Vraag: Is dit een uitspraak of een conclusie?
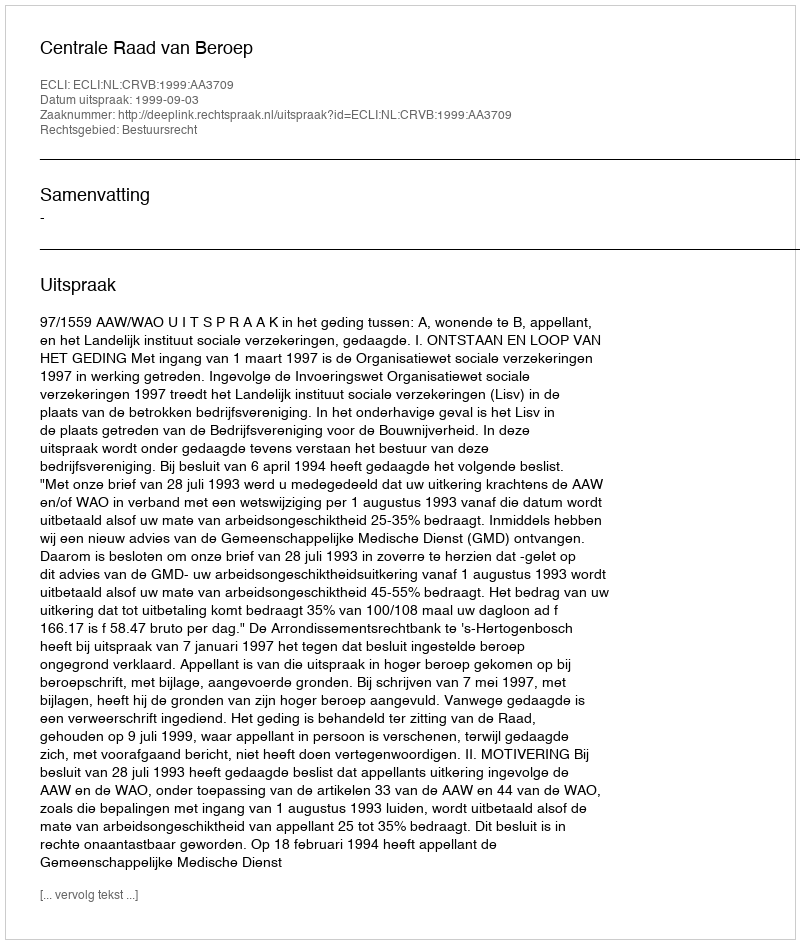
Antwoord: Uitspraak